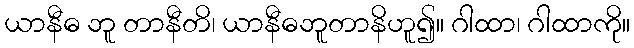
ယာနီဓ ဘူ တာနီတိ၊ ယာနီဓဘူတာနိဟူ၍။ ဂါထာ၊ ဂါထာကို။